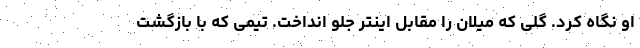
او نگاه کرد. گلی که میلان را مقابل اینتر جلو انداخت. تیمی که با بازگشت